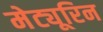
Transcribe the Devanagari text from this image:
मेट्यूरिन